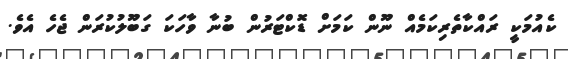
ކެއުމަކީ ރައްކާތެރިކަމެއް ނޫން ކަމަށް ޑޮކްޓަރުން ބުނާ ވާހަކަ ގަބޫލުކުރަން ޖެހެ އެވެ.